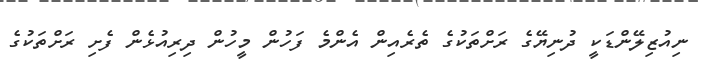
ނިއުޒިލޭންޑަކީ ދުނިޔޭގެ ރަށްތަކުގެ ތެރެއިން އެންމެ ފަހުން މީހުން ދިރިއުޅެން ފެށި ރަށްތަކުގެ